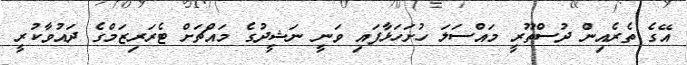
އޭގެ ތެރެއިން ދުސްތޫރީ މައްސަލަ ހުށަހަޅާފައި ވަނީ ނަޝީދުގެ މައްޗަށް ޓެރަރިޒަމްގެ ދައުވާކުރީ